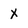
Character: X